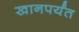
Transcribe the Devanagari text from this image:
खानपर्यंत